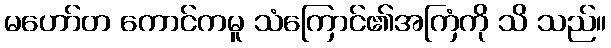
မဟော်တ ကောင်ကမူ သံကြောင်၏အကြံကို သိ သည်။